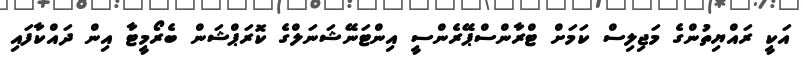
އަކީ ރައްޔިތުންގެ މަޖިލިސް ކަމަށް ޓްރާންސްޕޭރެންސީ އިންޓަނޭޝަނަލްގެ ކޮރަޕްޝަން ބެރޯމީޓާ އިން ދައްކާފައި